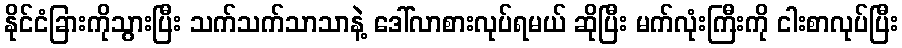
နိုင်ငံခြားကိုသွားပြီး သက်သက်သာသာနဲ့ ဒေါ်လာစားလုပ်ရမယ် ဆိုပြီး မက်လုံးကြီးကို ငါးစာလုပ်ပြီး